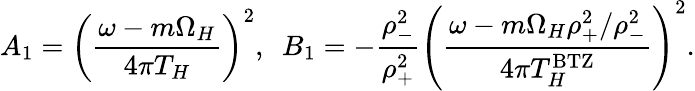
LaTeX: A_{1}=\left({\frac{\omega-m\Omega_{H}}{4\pi T_{H}}}\right)^{2},~~B_{1}=-{\frac{\rho_{-}^{2}}{\rho_{+}^{2}}}\left({\frac{\omega-m\Omega_{H}\rho_{+}^{2}/\rho_{-}^{2}}{4\pi T_{H}^{\mathrm{BTZ}}}}\right)^{2}.